画像に写った文字を読んでください
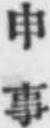
「申事」と書いてあります